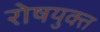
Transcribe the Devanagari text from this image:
रोषयुक्त